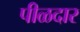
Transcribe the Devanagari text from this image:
पीळदार